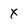
Character: x